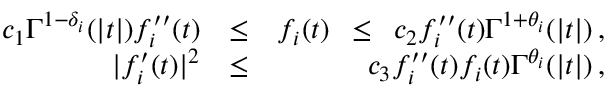
\begin{array} { r l r } { c _ { 1 } \Gamma ^ { 1 - \delta _ { i } } ( | t | ) f _ { i } ^ { \prime \prime } ( t ) } & { \leq } & { f _ { i } ( t ) \hspace * { \arraycolsep } \leq \hspace * { \arraycolsep } c _ { 2 } f _ { i } ^ { \prime \prime } ( t ) \Gamma ^ { 1 + \theta _ { i } } ( | t | ) \, , } \\ { | f _ { i } ^ { \prime } ( t ) | ^ { 2 } } & { \leq } & { c _ { 3 } f _ { i } ^ { \prime \prime } ( t ) f _ { i } ( t ) \Gamma ^ { \theta _ { i } } ( | t | ) \, , } \end{array}